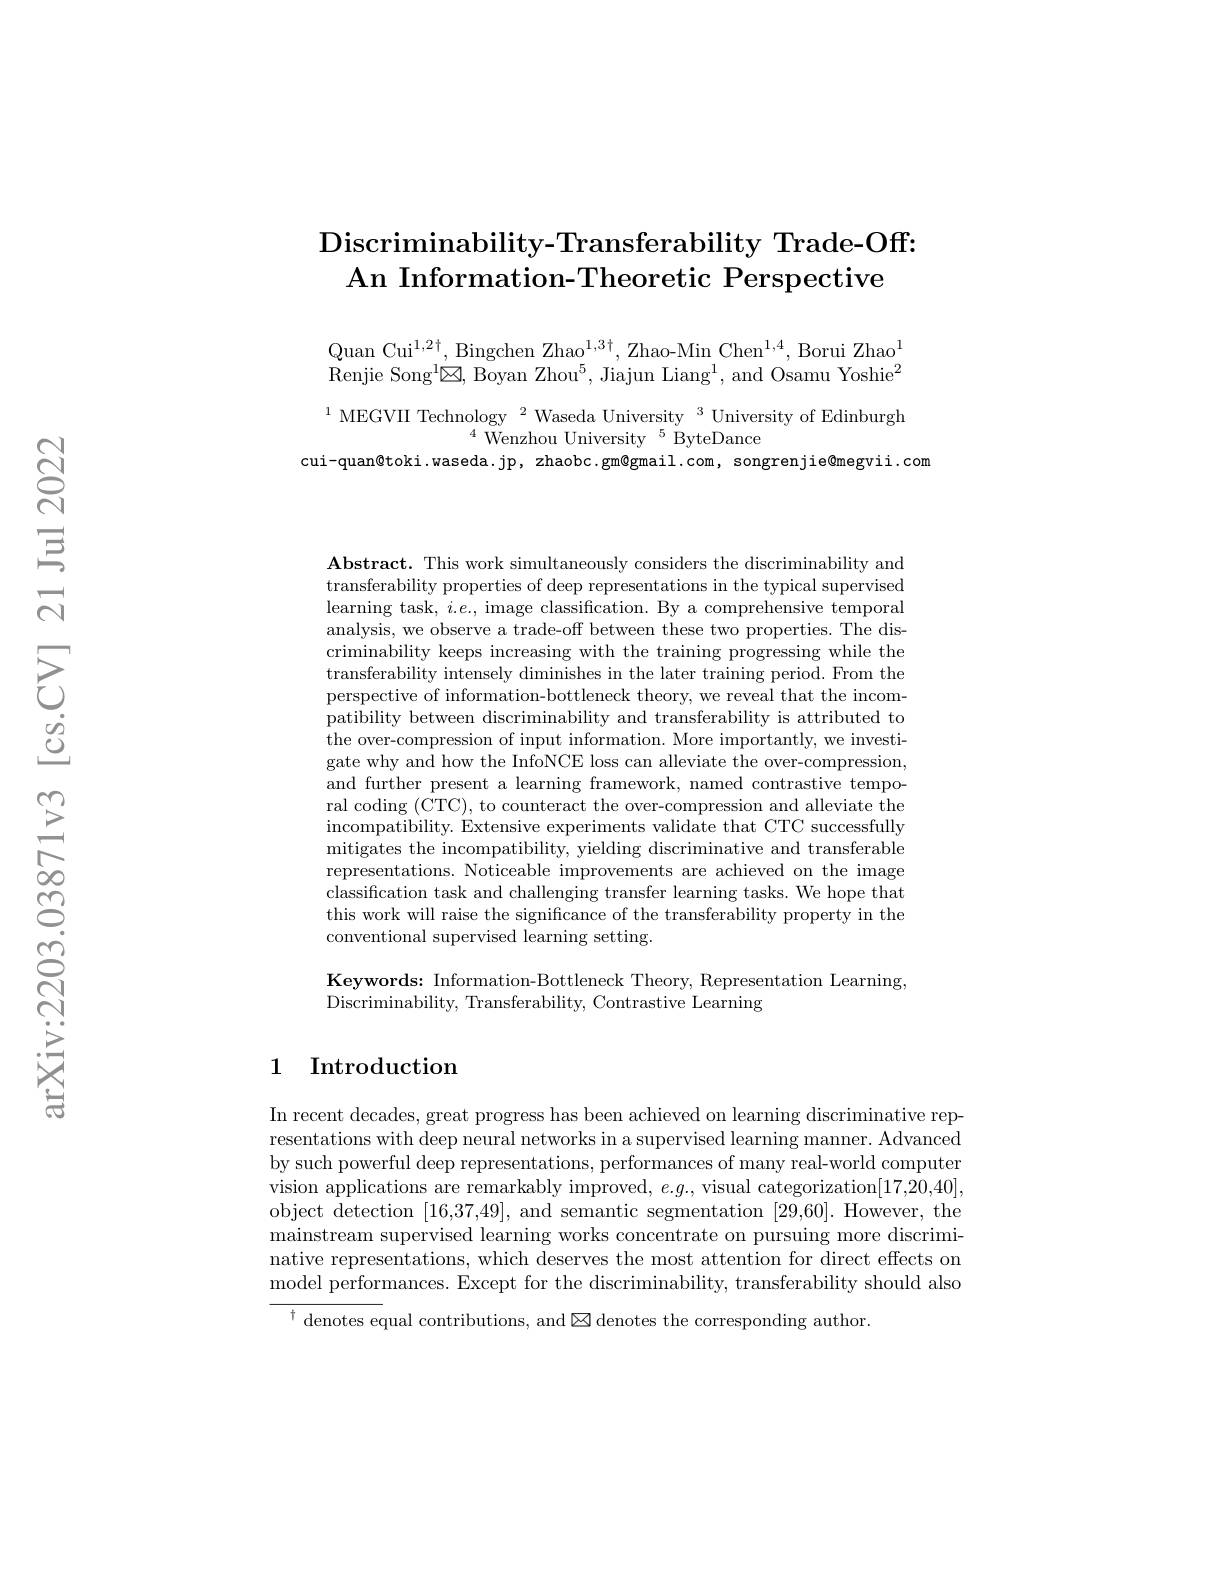
## Discriminability- Transferability Trade- Off: An Information-Theoretic Perspective

Quan Cui$^1,2\dagger$,Bingchen Zhao$^{1,3\dagger}$,Zhao-Min Chen$^1,4$,Borui Zhao$^1$ Renjie Song$^1\boxtimes,\text{Boyan Zhou}^5,\text{Jiajun Liang}^1$,and Osamu Yoshie$^2$

$^{1}$MEGVII Technology$^{2}$Waseda University$^{3}$UniversityofEdinburgh
$^{4}{\mathrm{~Wenzhou~University~}}^{5}{\mathrm{~ByteDance}}$
cui-quan@toki.waseda.jp,zhaobc.gm@gmail.com,songrenjie@megvii.com

$\mathbf{Abstract.~This~work~simultaneously~considers~the~discriminability~and}$ transferability properties of deep representations in the typical supervised learning task, $i.e.$, image classification. By a comprehensive temporal analysis, we observe a trade-off between these two properties. The discriminability keeps increasing with the training progressing while the transferability intensely diminishes in the later training period. From the perspective of information-bottleneck theory, we reveal that the incompatibility between discriminability and transferability is attributed to the over-compression of input information. More importantly, we investigate why and how the InfoNCE loss can alleviate the over-compression, and further present a learning framework, named contrastive temporal coding (CTC), to counteract the over-compression and alleviate the incompatibility. Extensive experiments validate that CTC successfully mitigates the incompatibility, yielding discriminative and transferable representations. Noticeable improvements are achieved on the image classification task and challenging transfer learning tasks. We hope that this work will raise the significance of the transferability property in the conventional supervised learning setting.

Keywords: Information-Bottleneck Theory, Representation Learning,
Discriminability, Transferability, Contrastive Learning

### 1 Introduction

In recent decades, great progress has been achieved on learning discriminative representations with deep neural networks in a supervised learning manner. Advanced by such powerful deep representations, performances of many real-world computer vision applications are remarkably improved, $e.g.$, visual categorization[17,20,40], object detection [16,37,49], and semantic segmentation [29,60]. However, the mainstream supervised learning works concentrate on pursuing more discriminative representations, which deserves the most attention for direct effects on model performances. Except for the discriminability, transferability should also $^{\dagger}$ denotes equal contributions, and ☒denotes the corresponding author.